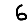
Digit: 6